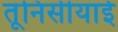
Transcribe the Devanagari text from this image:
तूनिसीयाई